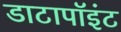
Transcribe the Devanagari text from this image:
डाटापॉइंट